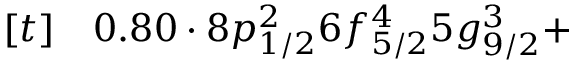
\begin{array} { r l } { [ t ] } & { { } 0 . 8 0 \cdot 8 p _ { 1 / 2 } ^ { 2 } 6 f _ { 5 / 2 } ^ { 4 } 5 g _ { 9 / 2 } ^ { 3 } + } \end{array}